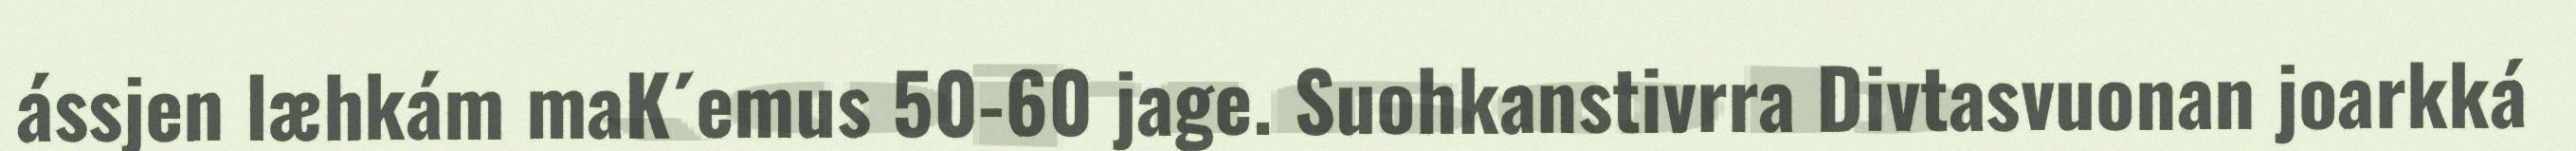
ássjen læhkám maK´emus 50-60 jage. Suohkanstivrra Divtasvuonan joarkká